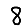
Digit: 8